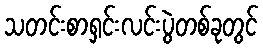
သတင်းစာရှင်းလင်းပွဲတစ်ခုတွင်